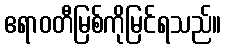
ဧရာဝတီမြစ်ကိုမြင်ရသည်။